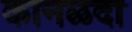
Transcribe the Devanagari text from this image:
कानळदा